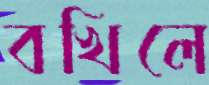
বখিলে